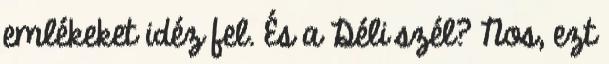
emlékeket idéz fel. És a Déli szél? Nos, ezt